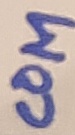
Text: COM